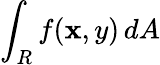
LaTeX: \int_{R}f(\mathbf{x},y)\, dA